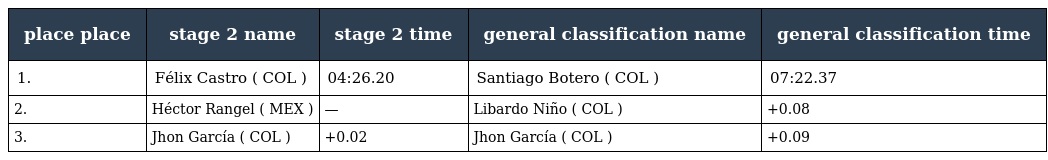
| place place | stage 2 name | stage 2 time | general classification name | general classification time |
 | --- | --- | --- | --- | --- |
 | 1. | Félix Castro ( COL ) | 04:26.20 | Santiago Botero ( COL ) | 07:22.37 |
 | 2. | Héctor Rangel ( MEX ) | — | Libardo Niño ( COL ) | +0.08 |
 | 3. | Jhon García ( COL ) | +0.02 | Jhon García ( COL ) | +0.09 |